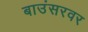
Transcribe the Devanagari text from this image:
बाउंसरवर